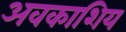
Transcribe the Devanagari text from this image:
अवकाशिय